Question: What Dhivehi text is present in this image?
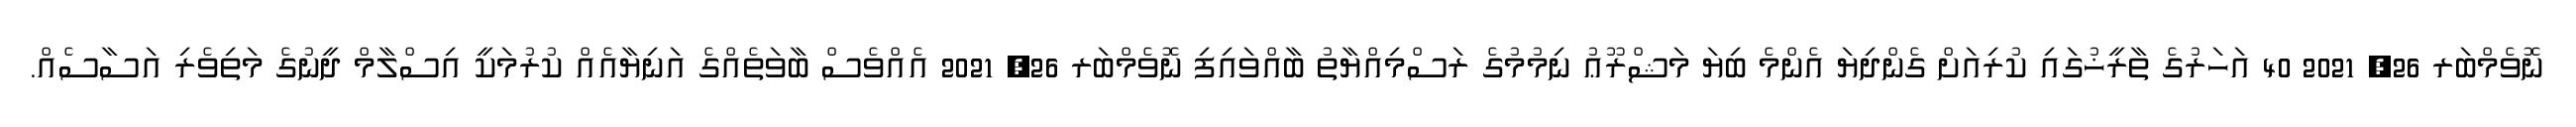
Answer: ނޮވެމްބަރ 26, 2021 40 އަހަރުގެ ތާރީޚުގައި ކުރިއަށް ގެންދިޔަ އެންމެ ބިޔަ މަޝްރޫޢު ނިމުމުގެ ރަސްމިއްޔާތު ބާއްވައިފި ނޮވެމްބަރ 26, 2021 އެއްވެސް ބާވަތެއްގެ އަނިޔާއެއް ކުރުމަކީ އިސްލާމް ދީނުގެ މަތިވެރި އަސާސެއް.